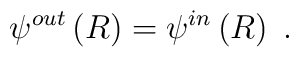
\psi ^{out}\left( R\right) =\psi ^{in}\left( R\right) \;.